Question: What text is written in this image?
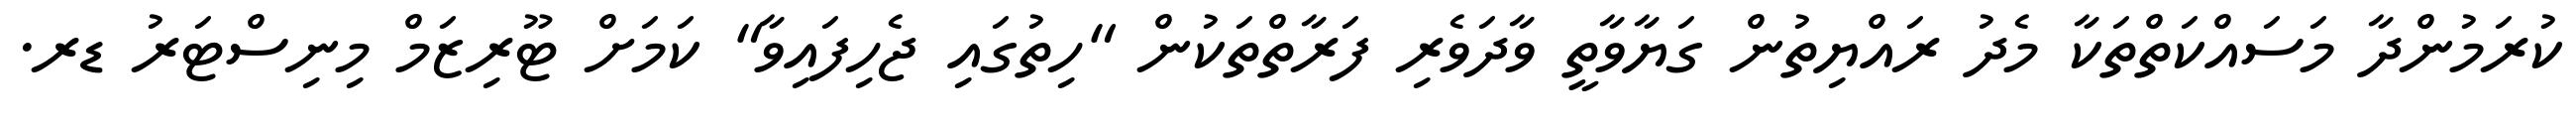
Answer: ކުރަމުންދާ މަސައްކަތްތަކާ މެދު ރައްޔިތުން ގަޔާވާތީ ވާދަވެރި ފަރާތްތަކުން "ހިތުގައި ޖެހިފައިވާ" ކަމަށް ޓޫރިޒަމް މިނިސްޓަރު ޑރ.